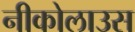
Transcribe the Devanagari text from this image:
नीकोलाउस